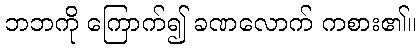
ဘဘကို ကြောက်၍ ခဏလောက် ကစား၏။